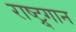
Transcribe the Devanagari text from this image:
राष्ट्र्गान